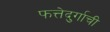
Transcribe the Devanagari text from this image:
फत्तेदुर्गाची